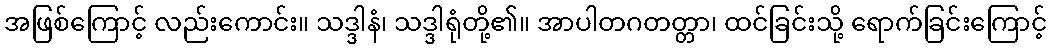
အဖြစ်ကြောင့် လည်းကောင်း။ သဒ္ဒါနံ၊ သဒ္ဒါရုံတို့၏။ အာပါတဂတတ္တာ၊ ထင်ခြင်းသို့ ရောက်ခြင်းကြောင့်